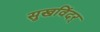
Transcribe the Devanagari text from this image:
सुखविंदर्